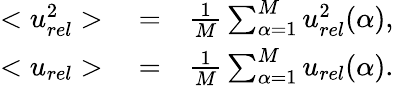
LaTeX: \begin{array}{rlr}{<u_{rel}^{2}>}&{{}=}&{\frac{1}{M}\sum_{\alpha=1}^{M}u_{rel}^{2}(\alpha),}\\ {<u_{rel}>}&{{}=}&{\frac{1}{M}\sum_{\alpha=1}^{M}u_{rel}(\alpha).}\end{array}